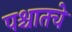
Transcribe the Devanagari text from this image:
पश्चातचे